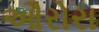
ઔરોરા